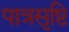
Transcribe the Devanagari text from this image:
पात्रसृष्टि